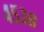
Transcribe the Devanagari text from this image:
४५३८